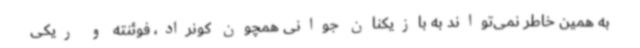
به همین خاطر نمی‌تواند به بازیکنان جوانی همچون کونراد، فوئنته و ریکی